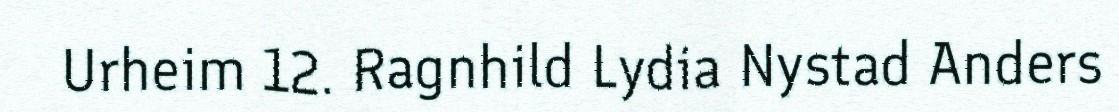
Urheim 12. Ragnhild Lydia Nystad Anders